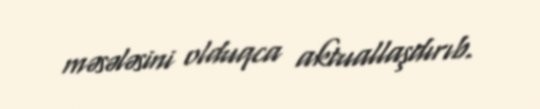
məsələsini olduqca aktuallaşdırıb.